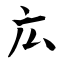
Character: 広